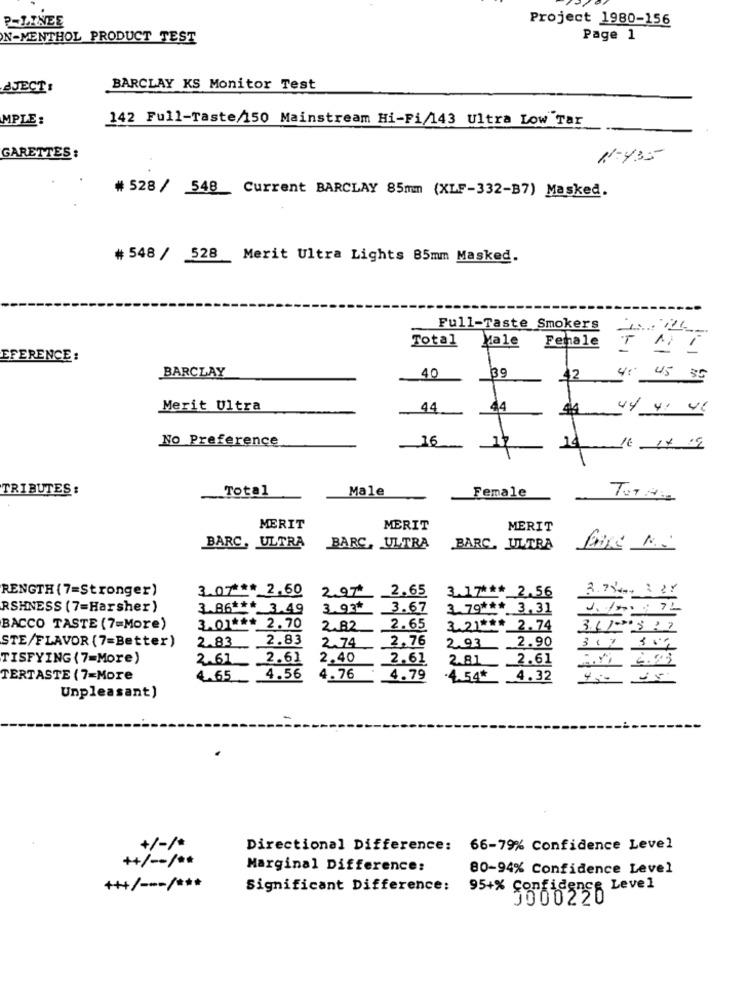
Project 1980-156
P-LINEE
N-MENTHOL PRODUCT TEST
Page 1
AJECT :
BARCLAY KS Monitor Test
MPLE :
142 Full-Taste/150 Mainstream Hi-Fi/143 Ultra Low Tar
GARETTES :
1-435
# 528 / 548_Current BARCLAY 85mm (XLF-332-B7) Masked.
# 548 / 528 Merit Ultra Lights 85mm Masked.
Full-Taste Smokers
Total
Male
Female
TA
-
1
EFERENCE:
BARCLAY
40
39
42
5 35
Merit Ultra
44
44
44 4: 46
No Preference
16
17
TRIBUTES :
Total
Male
Female
MERIT
MERIT
MERIT
BARC, ULTRA
BARC, ULTRA
BARC, ULTRA
RENGTH (7=Stronger)
3.07 *** 2,60
297
2.7%+ : 27
2.65
3.17 ***_ 2.56
RSHNESS (7=Harsher)
3.86 ***_ 3.49
3.93ª
3.67
3.79 *** 3,31
BACCO TASTE (7=More)
3.01 *** 2.70
2.82
2.65
3.21 ***_ 2.74
3.4/5 17
STE/FLAVOR (7=Better)
2.83
2.83
2.76
2.74
2.93
_2.90
TISFYING (7=More)
2.61
2.61
2.40
2.61
2.61
2.81
TERTASTE (7=More
4.65
4.56
4.76
4.79
.4.54* 4.32
Unpleasant)
+/-/
Directional Difference: 66-7% Confidence Level
+/ -- / **
Marginal Difference:
80-94% Confidence Level
++/ --- / ***
Significant Difference:
95+% Confidence Level
3000220